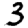
Digit: 3